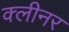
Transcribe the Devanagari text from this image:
क्‍लीनर